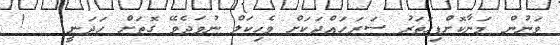
ވަނުން މަނާކޮށްފިހަތަރު ސަރަހައްދަކަށް ވެހިކަލް ނުވަދެވޭ ގޮތަށް ހަދަނީ   !